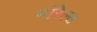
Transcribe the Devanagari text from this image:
मॉरेल्स